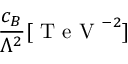
\frac { c _ { B } } { \Lambda ^ { 2 } } [ \mathrm { ~ T ~ e ~ V ~ } ^ { - 2 } ]